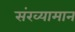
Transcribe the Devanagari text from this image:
संख्यामान